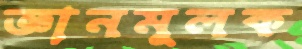
জ্ঞানমূলক